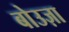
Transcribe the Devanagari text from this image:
बोउज़ा